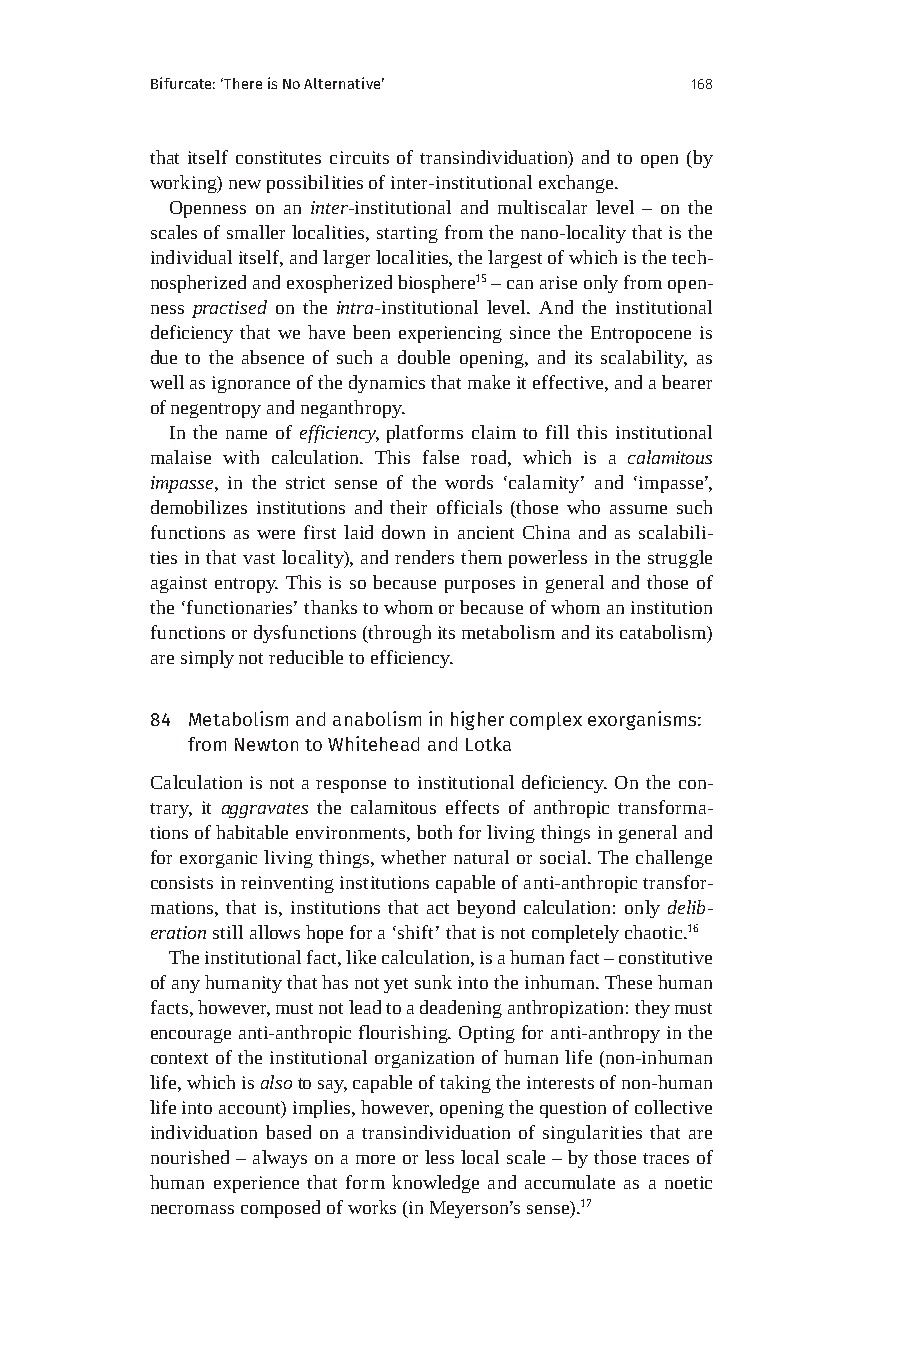
Bifurcate: ‘There is No Alternative’ 168
 that itself constitutes circuits of transindividuation) and to open (by
 working) new possibilities of inter-institutional exchange.
 Openness on an inter-institutional and multiscalar level – on the
 scales of smaller localities, starting from the nano-locality that is the
 individual itself, and larger localities, the largest of which is the tech-
 nospherized and exospherized biosphere15 – can arise only from open-
 ness practised on the intra-institutional level. And the institutional
 deficiency that we have been experiencing since the Entropocene is
 due to the absence of such a double opening, and its scalability, as
 well as ignorance of the dynamics that make it effective, and a bearer
 of negentropy and neganthropy.
 In the name of efficiency, platforms claim to fill this institutional
 malaise with calculation. This false road, which is a calamitous
 impasse, in the strict sense of the words ‘calamity’ and ‘impasse’,
 demobilizes institutions and their officials (those who assume such
 functions as were first laid down in ancient China and as scalabili-
 ties in that vast locality), and renders them powerless in the struggle
 against entropy. This is so because purposes in general and those of
 the ‘functionaries’ thanks to whom or because of whom an institution
 functions or dysfunctions (through its metabolism and its catabolism)
 are simply not reducible to efficiency.
 84 Metabolism and anabolism in higher complex exorganisms:
 from Newton to Whitehead and Lotka
 Calculation is not a response to institutional deficiency. On the con-
 trary, it aggravates the calamitous effects of anthropic transforma-
 tions of habitable environments, both for living things in general and
 for exorganic living things, whether natural or social. The challenge
 consists in reinventing institutions capable of anti-anthropic transfor-
 mations, that is, institutions that act beyond calculation: only delib-
 eration still allows hope for a ‘shift’ that is not completely chaotic.16
 The institutional fact, like calculation, is a human fact – constitutive
 of any humanity that has not yet sunk into the inhuman. These human
 facts, however, must not lead to a deadening anthropization: they must
 encourage anti-anthropic flourishing. Opting for anti-anthropy in the
 context of the institutional organization of human life (non-inhuman
 life, which is also to say, capable of taking the interests of non-human
 life into account) implies, however, opening the question of collective
 individuation based on a transindividuation of singularities that are
 nourished – always on a more or less local scale – by those traces of
 human experience that form knowledge and accumulate as a noetic
 necromass composed of works (in Meyerson’s sense).17